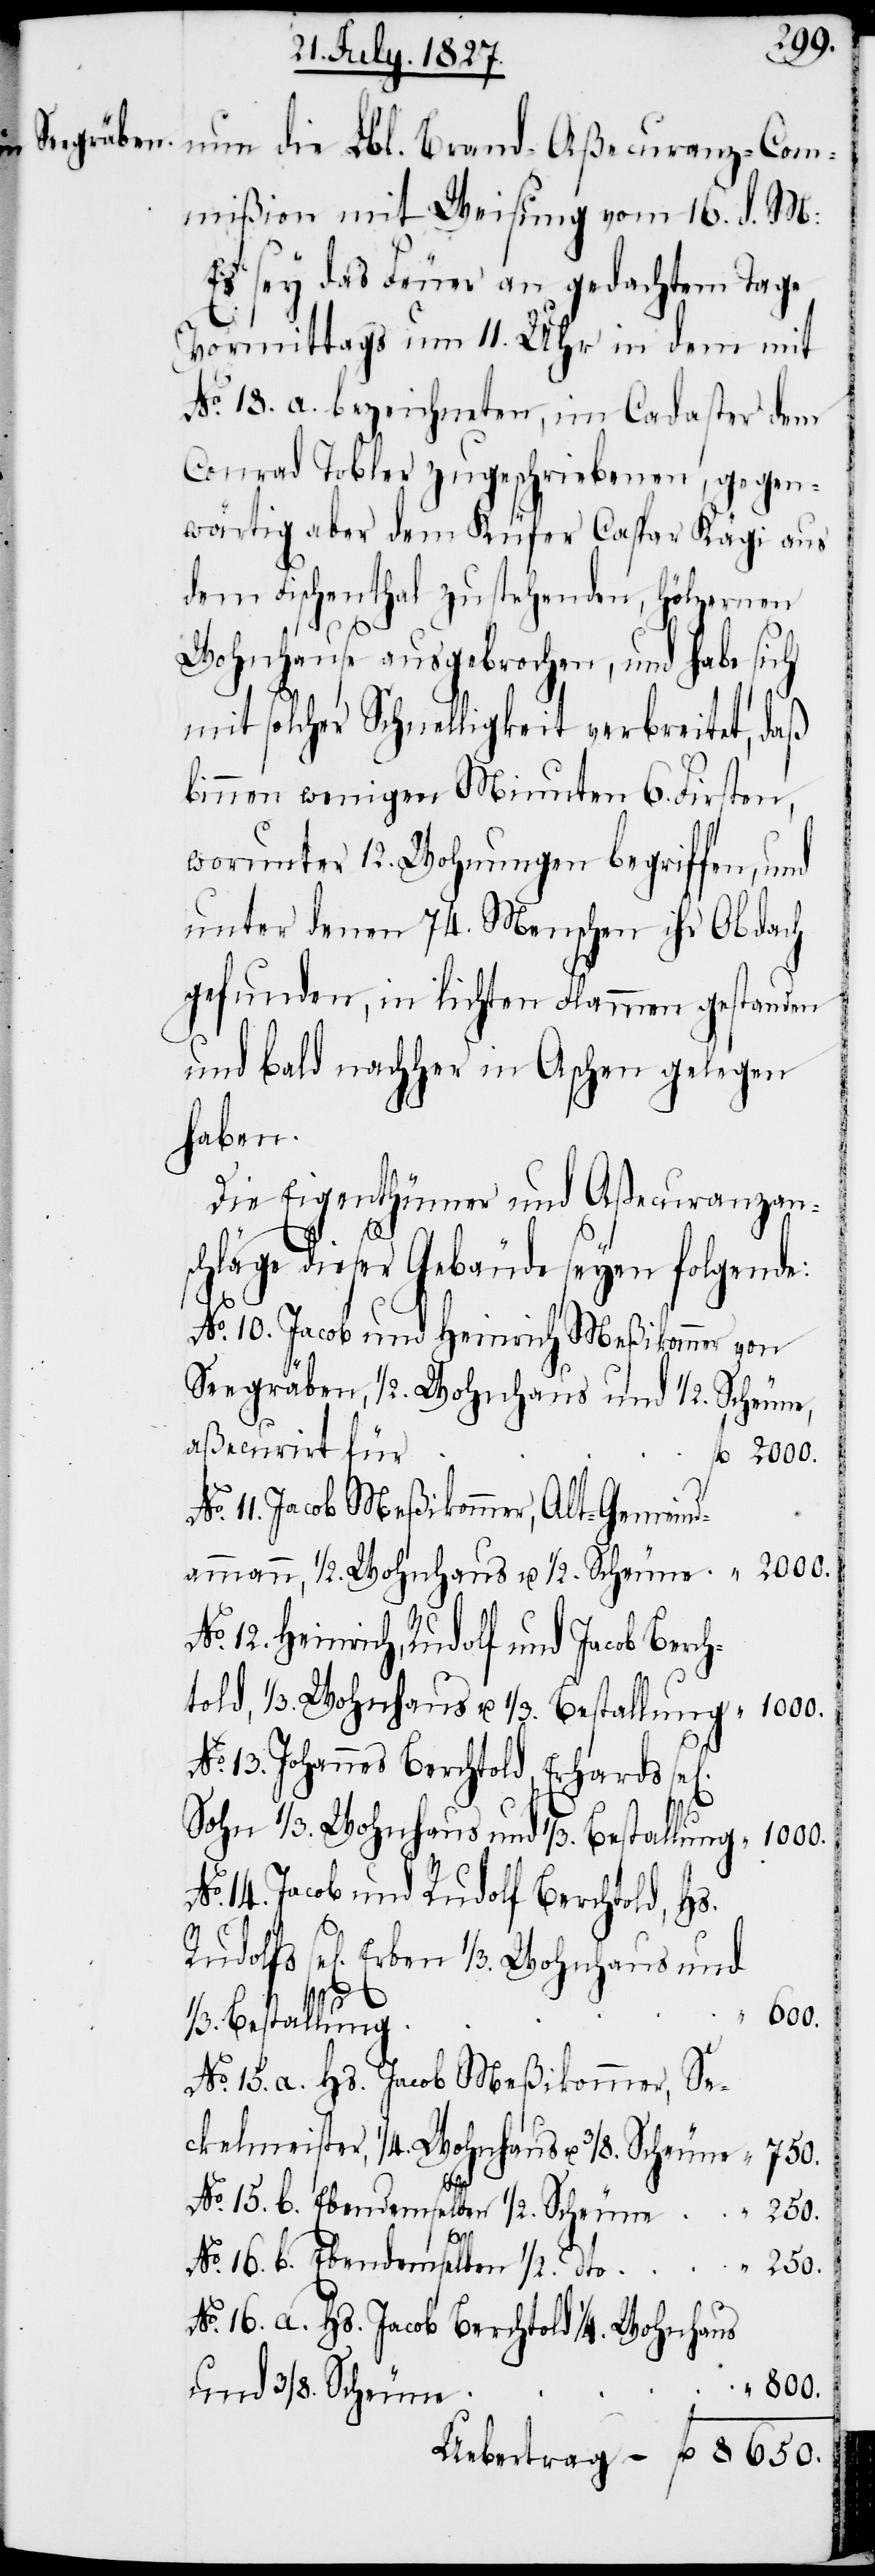
800.
nun die Lbl. Brand-Aßecuranz-Com¬
mißion mit Weisung vom 16. d. M:
Es sey das Feuer an gedachtem Tage
Vormittags um 11. Uhr in dem mit
No. 18. a. bezeichneten, im Cadaster dem
Conrad Tobler zugeschriebenen, gegen¬
wärtig aber dem Küfer Caspar Kägi aus
dem Fischenthal zustehenden, hölzernen
Wohnhause ausgebrochen, und habe sich
mit solcher Schnelligkeit verbreitet, daß
binnen wenigen Minuten 6. Firsten,
worunter 12. Wohnungen begriffen, und
unter denen 74. Menschen ihr Obdach
gefunden, in lichten Flammen gestanden
und bald nachher in Aschen gelegen
haben.
Die Eigenthümer und Aßecuranzan¬
schläge dieser Gebäude seyen folgende:
No. 10. Jacob und Heinrich Meßikommer von
Seegräben, ½. Wohnhaus und ½. Scheune,
aßecurirt für
11. Jacob Meßikommer, Alt-Gemeind¬
12. Heinrich, Rudolf und Jacob Berch¬
13. Johannes Berchtold, Erhards se¬
Sohn 1/3. Wohnhaus und 1/3. Bestallung.
No. 14. Jacob und Rudolf Berchtold, Hs.
sel[igen] Erben 1/3. Wohnhaus und
haus u.
600.
1/3. Bestallung
No. 15. a. Hs. Jacob Meßikommer, Se¬
ckelmeister, ¼.
Sche¬
No. 16. b. Ebendemselben ½.
250.
250.
No. 16. a. Hs. Jacob Berchtold ¼. Wohnhaus
und 3/8. Scheune
Uebertrag	fl. 	8650.